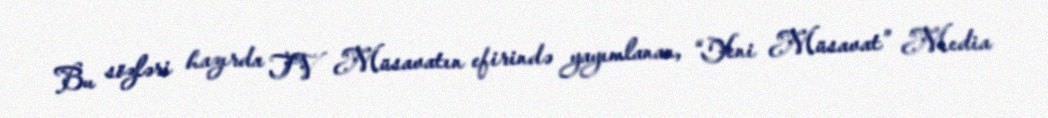
Bu sözləri hazırda TV Müsavatın efirində yayımlanan, “Yeni Müsavat” Media